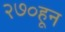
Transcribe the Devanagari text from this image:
२७०हून